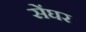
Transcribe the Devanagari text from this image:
सेंघर